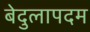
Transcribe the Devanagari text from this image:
बेदुलापदम